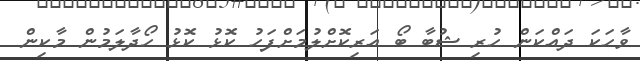
ވާހަކަ ދައްކަން ހުރި ޝުބާ ބޯ އަރިކޮށްލުމަށްފަހު ކޮޅު ކޮޅު ހޯދާލަމުން މާކިން